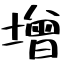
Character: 增